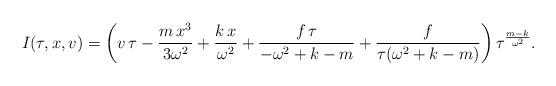
LaTeX: \begin{align*}I(\tau,x,v)=\left(v\,\tau-\frac{m\,x^3}{3\omega^2}+\frac{k\,x}{\omega^2}+\frac {f\,\tau}{-\omega^2+k-m}+\frac{f}{\tau(\omega^2+k-m)}\right)\tau^{\frac{m-k}{\omega^2}}.\end{align*}